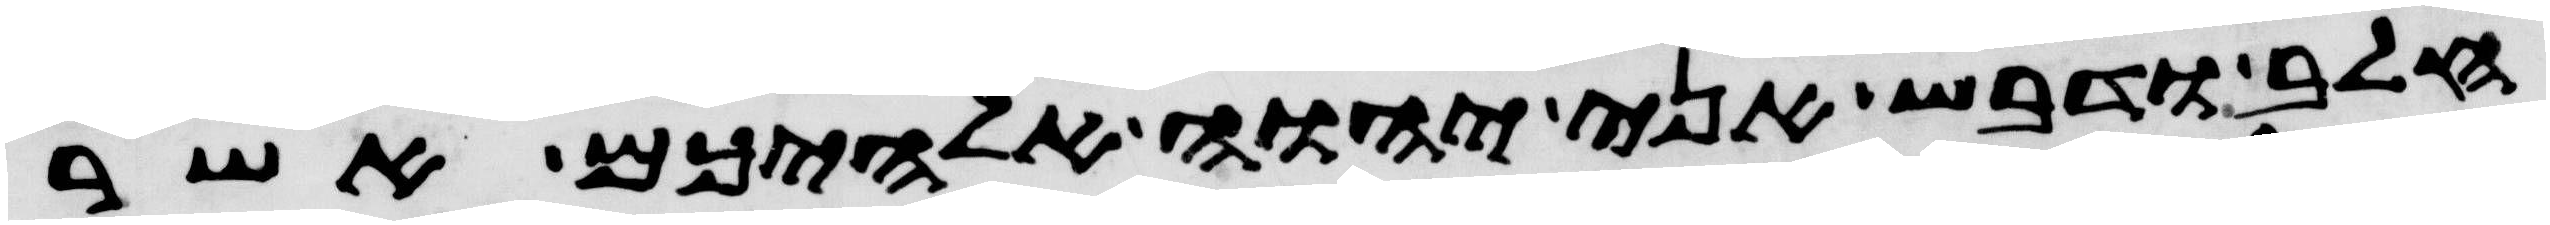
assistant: חלב ודבש אני יהוה אלהיכם אשר